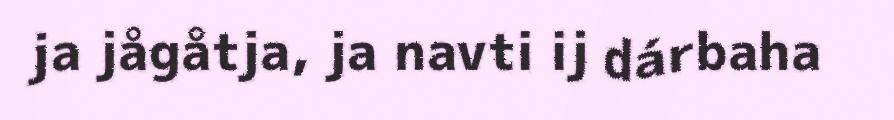
ja jågåtja, ja navti ij dárbaha